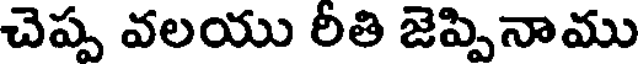
చెప్ప వలయు రీతి జెప్పినాము